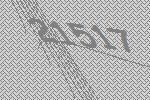
21517